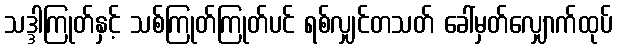
သဒ္ဒါကြုတ်နှင့် သစ်ကြုတ်ကြုတ်ပင် ရစ်လျှင်တသတ် ခေါ်မှတ်လျှောက်ထုပ်